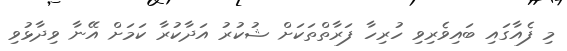
މި ފެއާގައި ބައިވެރިވި ހުރިހާ ފަރާތްތަކަށް ޝުކުރު އަދާކުރާ ކަމަށް އޭނާ ވިދާޅުވި